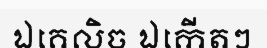
ឯគេលិច ឯកើតៗ